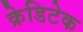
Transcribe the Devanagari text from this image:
क्रेडिटेक